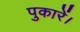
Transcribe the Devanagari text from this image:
पुकारें।